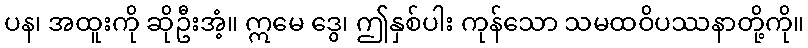
ပန၊ အထူးကို ဆိုဦးအံ့။ ဣမေ ဒွေ၊ ဤနှစ်ပါး ကုန်သော သမထဝိပဿနာတို့ကို။